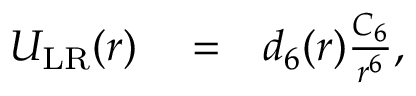
\begin{array} { r l r } { U _ { \mathrm { L R } } ( r ) } & { { } = } & { d _ { 6 } ( r ) \frac { C _ { 6 } } { r ^ { 6 } } , } \end{array}